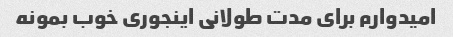
امیدوارم برای مدت طولانی اینجوری خوب بمونه